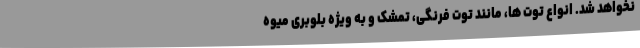
نخواهد شد. انواع توت ها، مانند توت فرنگی، تمشک و به ویژه بلوبری میوه